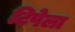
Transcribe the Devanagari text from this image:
टिपेला